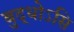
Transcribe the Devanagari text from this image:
बुद्धोऽसि